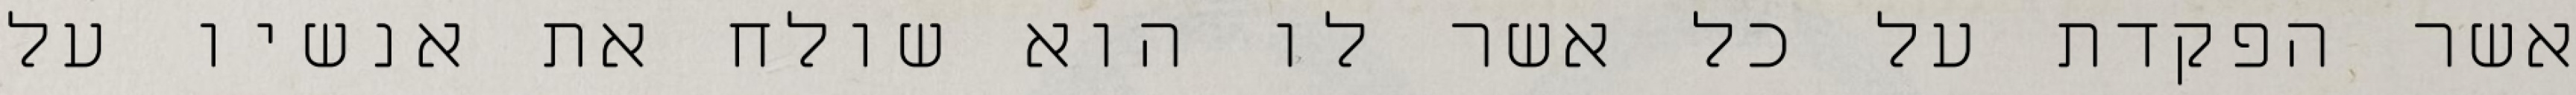
אשר הפקדת על כל אשר לו הוא שולח את אנשיו על